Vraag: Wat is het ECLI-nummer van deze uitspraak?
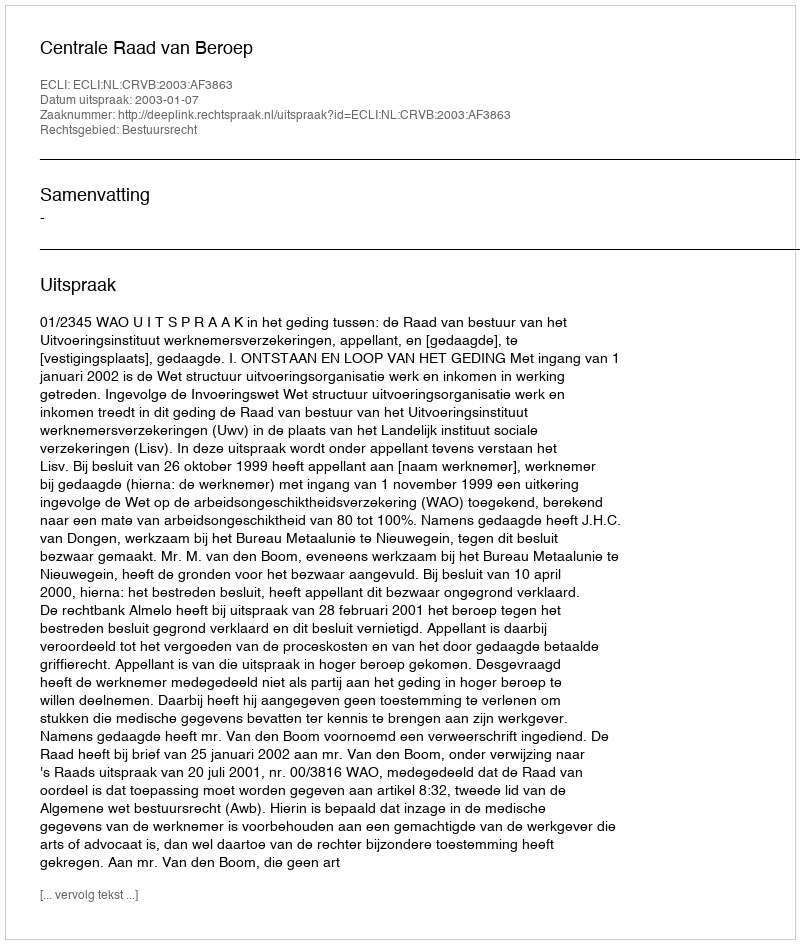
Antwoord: ECLI:NL:CRVB:2003:AF3863